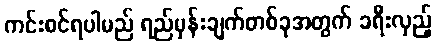
ကင်းစင်ရပါမည် ရည်မှန်းချက်တစ်ခုအတွက် ခရီးလှည့်